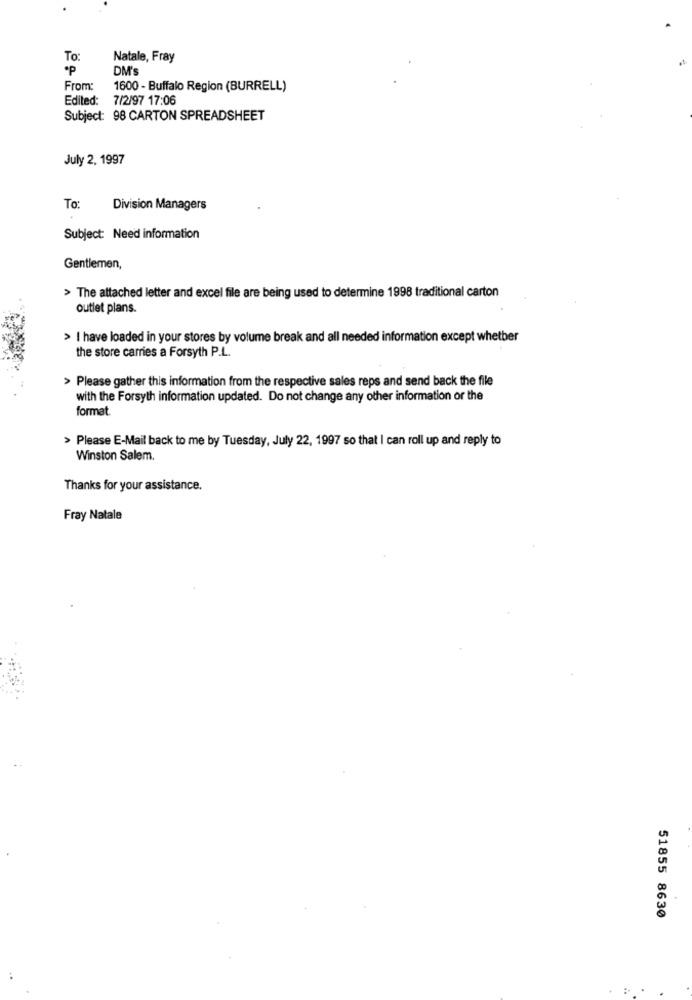
To:
Natale, Fray
DM's
From:
1600 - Buffalo Region (BURRELL)
Edited:
7/2/97 17:06
Subject: 98 CARTON SPREADSHEET
July 2, 1997
To:
Division Managers
Subject: Need information
Gentlemen,
> The attached letter and excel file are being used to determine 1998 traditional carton
outlet plans.
> I have loaded in your stores by volume break and all needed information except whether
the store carries a Forsyth P.L.
> Please gather this information from the respective sales reps and send back the file
with the Forsyth information updated. Do not change any other information or the
format
> Please E-Mail back to me by Tuesday, July 22, 1997 so that I can roll up and reply to
Winston Salem.
Thanks for your assistance.
Fray Natale
51855 8630
.